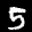
Label: 5